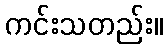
ကင်းသတည်း။